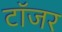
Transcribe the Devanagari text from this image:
टॉजर